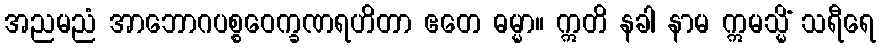
အညမညံ အာဘောဂပစ္စဝေက္ခဏရဟိတာ ဧတေ ဓမ္မာ။ ဣတိ နခါ နာမ ဣမသ္မိံ သရီရေ